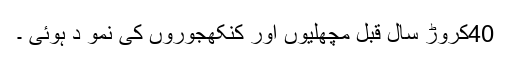
40کروڑ سال قبل مچھلیوں اور کنکھجوروں کی نمو د ہوئی ۔